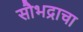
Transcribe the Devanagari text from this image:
सौभद्राचा